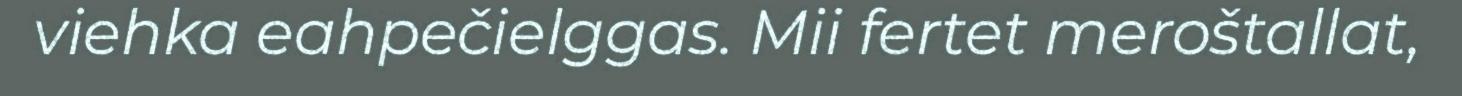
viehka eahpečielggas. Mii fertet meroštallat,